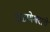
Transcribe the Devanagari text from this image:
वेळणेश्वराचे